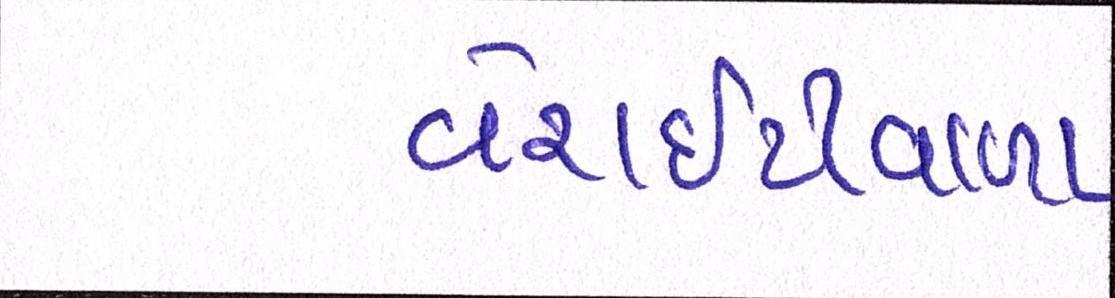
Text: વેરાઇટીવાળા